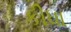
કીધા